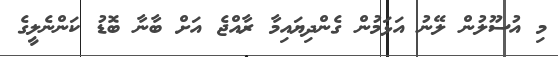
މި އުސޫލުން ލޭނު އަޅަމުން ގެންދިޔައިމާ ރާއްޖެ އަށް ބާނާ ބޮޑު ކަންނެލީގެ